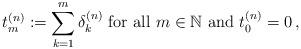
LaTeX: \begin{align*}t^{(n)}_m:=\sum\limits_{k=1}^{m}{\delta^{(n)}_k}\textrm{ for all }m\in \mathbb{N} \textrm{ and } t^{(n)}_0=0\,,\end{align*}